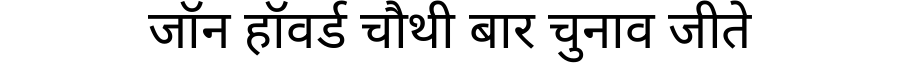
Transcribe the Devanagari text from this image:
जॉन हॉवर्ड चौथी बार चुनाव जीते